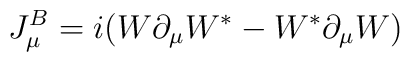
J^B_\mu=i(W\partial_\mu W^*-W^*\partial_\mu W)